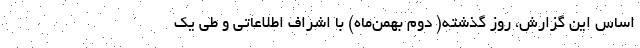
اساس این گزارش، روز گذشته( دوم بهمن‌ماه) با اشراف اطلاعاتی و طی یک